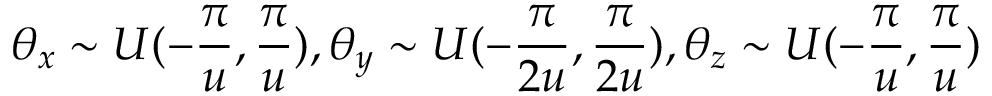
\theta _ { x } \sim U ( - \frac { \pi } { u } , \frac { \pi } { u } ) , \theta _ { y } \sim U ( - \frac { \pi } { 2 u } , \frac { \pi } { 2 u } ) , \theta _ { z } \sim U ( - \frac { \pi } { u } , \frac { \pi } { u } )